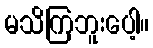
မသိကြဘူးပေါ့။